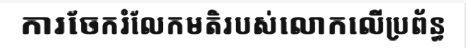
ការចែករំលែកមតិរបស់លោកលើប្រព័ន្ធ